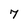
Character: 7